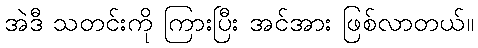
အဲဒီ သတင်းကို ကြားပြီး အင်အား ဖြစ်လာတယ်။